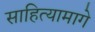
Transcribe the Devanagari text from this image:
साहित्यामागे